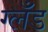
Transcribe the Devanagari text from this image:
ग्लँड